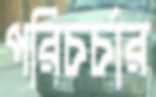
পরিচর্চার